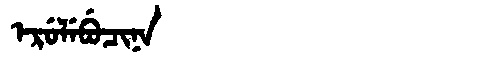
Manchu: ᡝᡵᡠᠯᡝᠪᡠᠴᡳᠨᠠ
Romanization: ERULEBUCINA